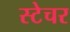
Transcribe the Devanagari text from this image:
स्टेचर